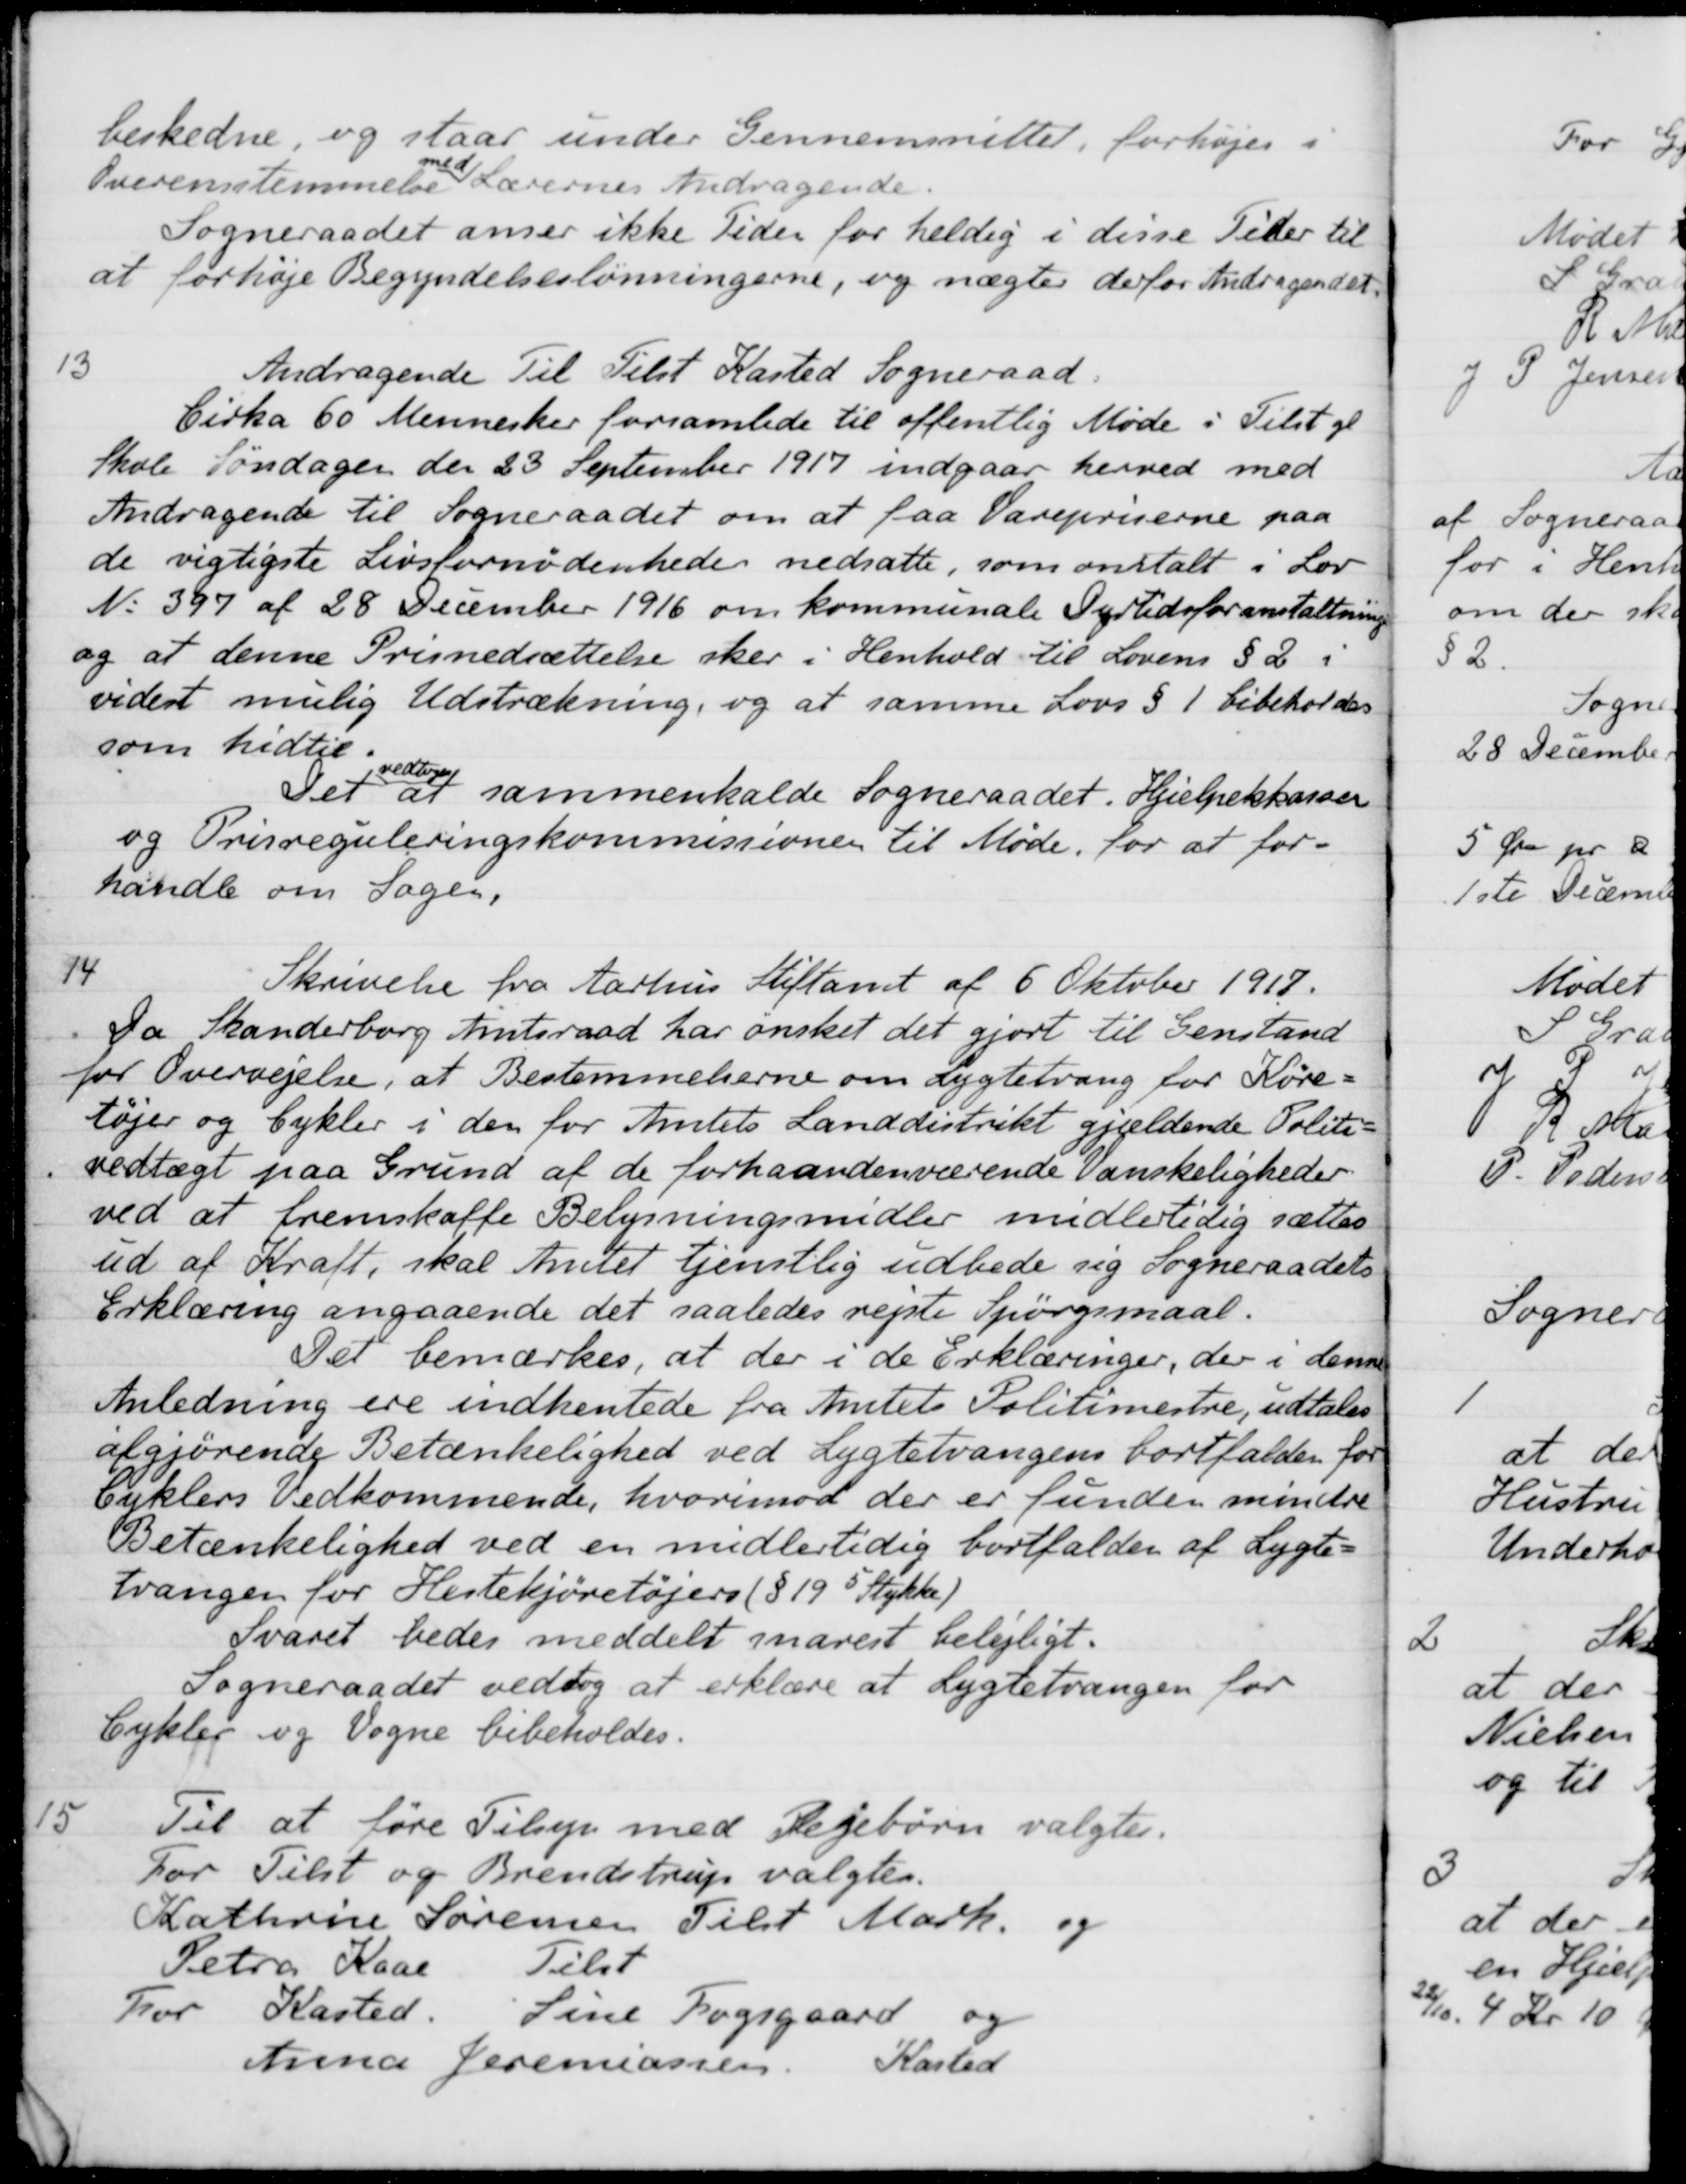
Transskription:
beskedne, og staar under Gennemsnittet, forhøjes i
Overensstemmelse med Lærernes Andragende.
Sogneraadet anser ikke Tiden for heldig i disse Tider til
at forhøje Begyndelseslønningerne, og nægter derfor Andragendet
13
Andragende Til Tilst Kasted Sogneraad.
Cirka 60 Mennesker forsamlede til offentlig Møde i Tilst gl
Skole Søndagen den 23 September 1917 indgaar herved med
Andragende til Sogneraadet om at faa Varepriserne paa
de vigtigste Livsfornødenhede nedsatte, som anstalt i Lov
N 397 af 28 December 1916 om kommunale Dyrtidsforanstaltning
og at denne Prisnedsættelse sker i Henhold til Lovens § 2 i
videst mulig Udstrækning, og at samme Lovs § 1 bibeholdes
som hidtil.
Det
vedtoges
at sammenkalde Sogneraadet. Hjælpekkassen
og Prisreguleringskommissionen til Møde, for at for-
handle om Sagen,
14
Skrivelse fra Aarhus Stiftamt af 6 Oktober 1917.
Da Skanderborg Amtsraad har ønsket det gjort til Genstand
for Overvejelse, at Bestemmelserne om Lygtetvang for Køre-
tøjer og Cykler i den for Amtets Landdistrikt gjældende Politi-
vedtægt paa Grund af de forhaandenværende Vanskeligheder
ved at fremskaffe Belysningsmidler midlertidig sættes
ud af Kraft, skal Amtet tjenstlig udbede sig Sogneraadets
Erklæring angaaende det saaledes rejste Spørgsmaal.
Det bemærkes, at der i de Erklæringer, der i denne
Anledning ere indhentede fra Amtets Politimestre, udtales
afgjørende Betænkelighed ved Lygtetvangens bortfalden for
Cuklers Vedkommende, hvorimod der er funden mindre
Betænkelighed ved en midlertidig bortfalder af Lygte-
tvangen for Hestekjøretøjers (§ 19 5 Stykke)
Svaret bedes meddelt snarest belejligt.
Sogneraadet vedtog at erklære at Lygtetvangen for
Cykler og Vogne bibeholdes.
15
Til at føre Tilsyn med Plejebørn valgtes.
For Tilst og Brendstrup valgtes.
Kathrine Sørensen Tilst Mark og
Petra Kaar Tilst
For Kasted. Sine Fogsgaard og
Anna Jeremiassen. Kasted